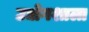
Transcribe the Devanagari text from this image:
उद्योगशाला